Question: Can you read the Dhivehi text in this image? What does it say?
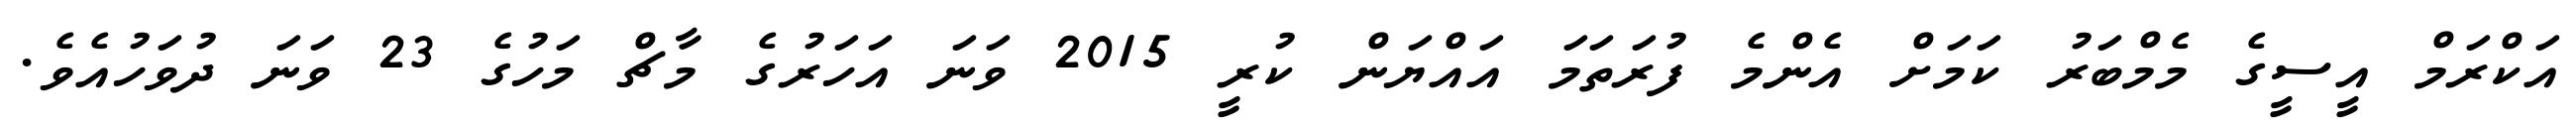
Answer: އަކްރަމް އީސީގެ މެމްބަރު ކަމަށް އެންމެ ފުރަތަމަ އައްޔަން ކުރީ 2015 ވަނަ އަހަރުގެ މާޗް މަހުގެ 23 ވަނަ ދުވަހުއެވެ.